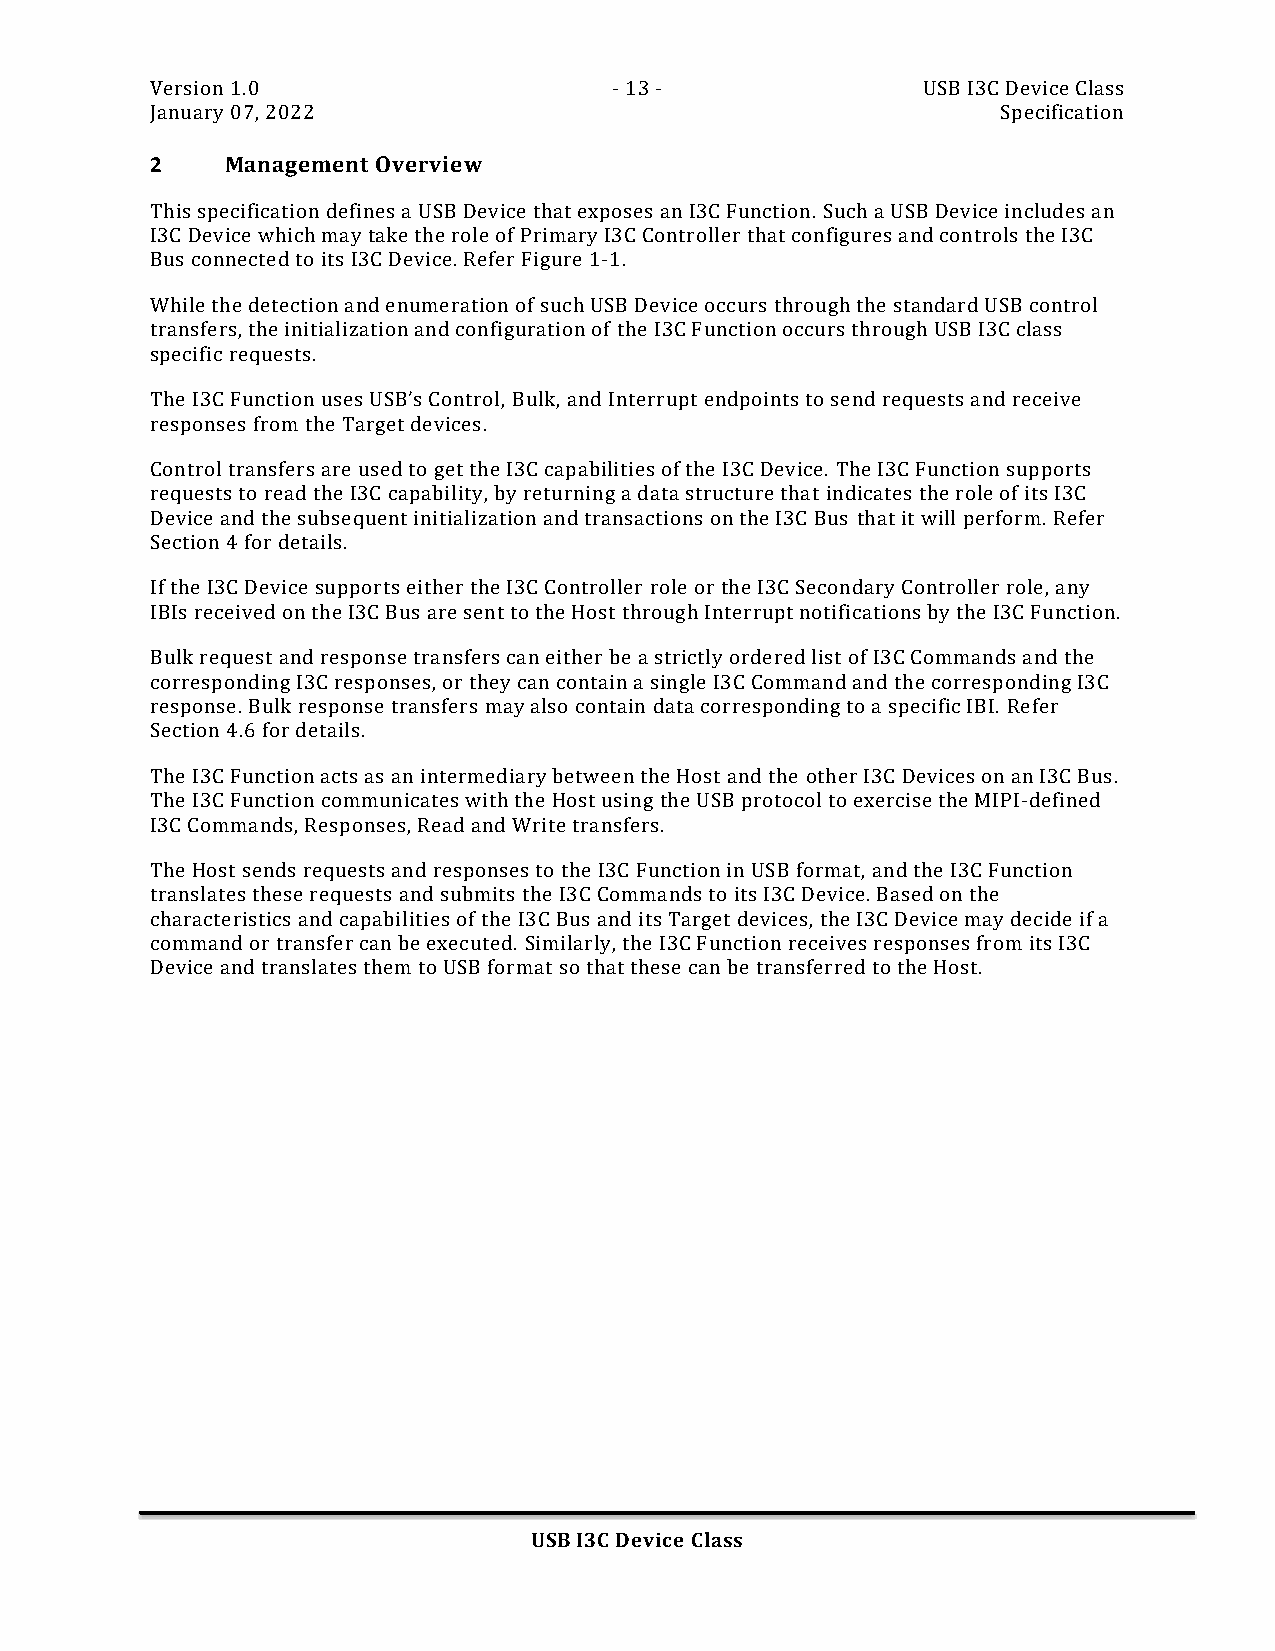
Version 1.0                    - 13 -              USB I3C Device Class
 January 07, 2022                                        Specification
 2    Management Overview
 This specification defines a USB Device that exposes an I3C Function. Such a USB Device includes an
 I3C Device which may take the role of Primary I3C Controller that configures and controls the I3C
 Bus connected to its I3C Device. Refer Figure 1-1.
 While the detection and enumeration of such USB Device occurs through the standard USB control
 transfers, the initialization and configuration of the I3C Function occurs through USB I3C class
 specific requests.
 The I3C Function uses USB’s Control, Bulk, and Interrupt endpoints to send requests and receive
 responses from the Target devices.
 Control transfers are used to get the I3C capabilities of the I3C Device. The I3C Function supports
 requests to read the I3C capability, by returning a data structure that indicates the role of its I3C
 Device and the subsequent initialization and transactions on the I3C Bus that it will perform. Refer
 Section 4 for details.
 If the I3C Device supports either the I3C Controller role or the I3C Secondary Controller role, any
 IBIs received on the I3C Bus are sent to the Host through Interrupt notifications by the I3C Function.
 Bulk request and response transfers can either be a strictly ordered list of I3C Commands and the
 corresponding I3C responses, or they can contain a single I3C Command and the corresponding I3C
 response. Bulk response transfers may also contain data corresponding to a specific IBI. Refer
 Section 4.6 for details.
 The I3C Function acts as an intermediary between the Host and the other I3C Devices on an I3C Bus.
 The I3C Function communicates with the Host using the USB protocol to exercise the MIPI-defined
 I3C Commands, Responses, Read and Write transfers.
 The Host sends requests and responses to the I3C Function in USB format, and the I3C Function
 translates these requests and submits the I3C Commands to its I3C Device. Based on the
 characteristics and capabilities of the I3C Bus and its Target devices, the I3C Device may decide if a
 command or transfer can be executed. Similarly, the I3C Function receives responses from its I3C
 Device and translates them to USB format so that these can be transferred to the Host.
 USB I3C Device Class